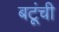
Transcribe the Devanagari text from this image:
बटूंची